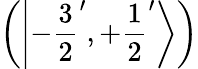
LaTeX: \left(\left|-{\frac{3}{2}}^{\prime},+{\frac{1}{2}}^{\prime}\right\rangle\right)